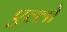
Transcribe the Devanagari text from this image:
एल्लो